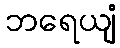
ဘရေယျံ